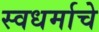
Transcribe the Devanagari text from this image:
स्वधर्माचे